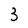
Character: 3